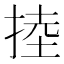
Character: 𢯅